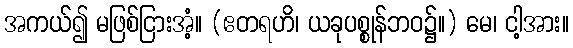
အကယ်၍ မဖြစ်ငြားအံ့။ (ဧတရဟိ၊ ယခုပစ္စုန်ဘဝ၌။) မေ၊ ငါ့အား။